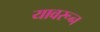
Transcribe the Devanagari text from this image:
यावरून